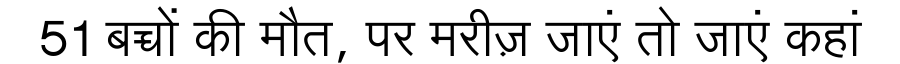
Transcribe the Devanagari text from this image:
51 बच्चों की मौत, पर मरीज़ जाएं तो जाएं कहां